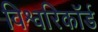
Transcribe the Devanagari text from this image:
विश्वरिकॉर्ड